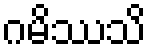
ဂမိဿသိ